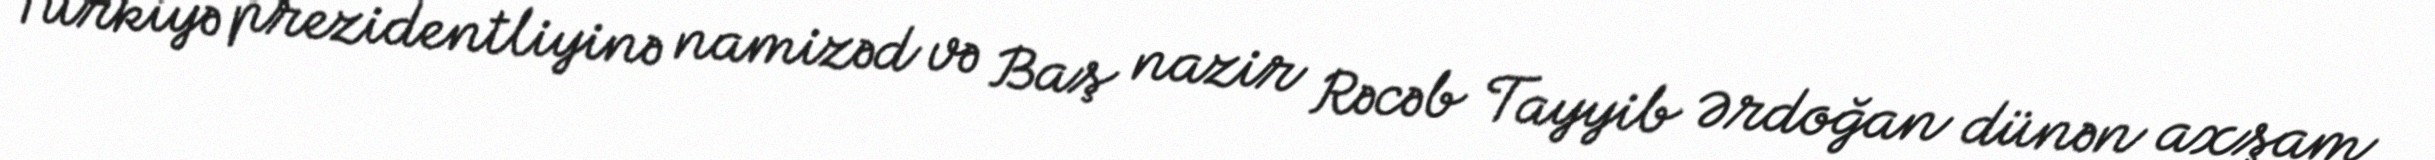
Türkiyə prezidentliyinə namizəd və Baş nazir Rəcəb Tayyib Ərdoğan dünən axşam